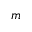
m